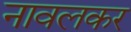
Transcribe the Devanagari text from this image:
नावलकर